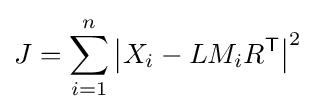
J=\sum _{i=1}^{n}\left|X_{i}-LM_{i}R^{\mathsf {T}}\right|^{2}